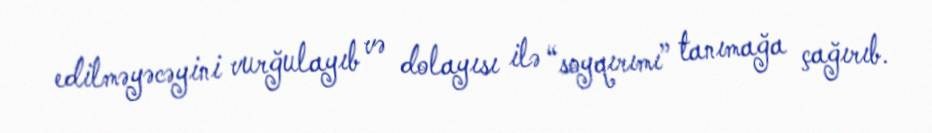
edilməyəcəyini vurğulayıb və dolayısı ilə “soyqırımı” tanımağa çağırıb.